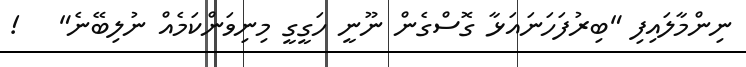
ނިންމާލައިފި "ބިރުފަހަނައަޅާ ގޮސްގެން ނޫނީ ހަގީގީ މިނިވަންކަމެއް ނުލިބޭނެ"   !